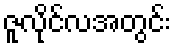
ဇူလိုင်လအတွင်း